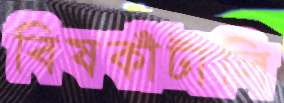
বিষকাঁটালি